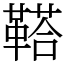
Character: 鞳